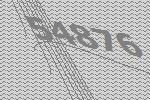
54876